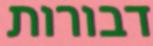
דבורות